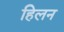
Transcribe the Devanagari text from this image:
हिलन